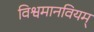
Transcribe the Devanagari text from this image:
विश्वमानवियम्